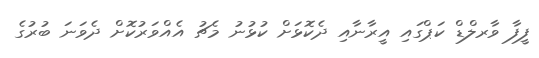
ފީފާ ވާރލްޑް ކަޕްގައި އީރާނާއި ދެކޮޅަށް ކުޅުނު މެޗު އެއްވަރުކޮށް ދެވަނަ ބުރުގެ